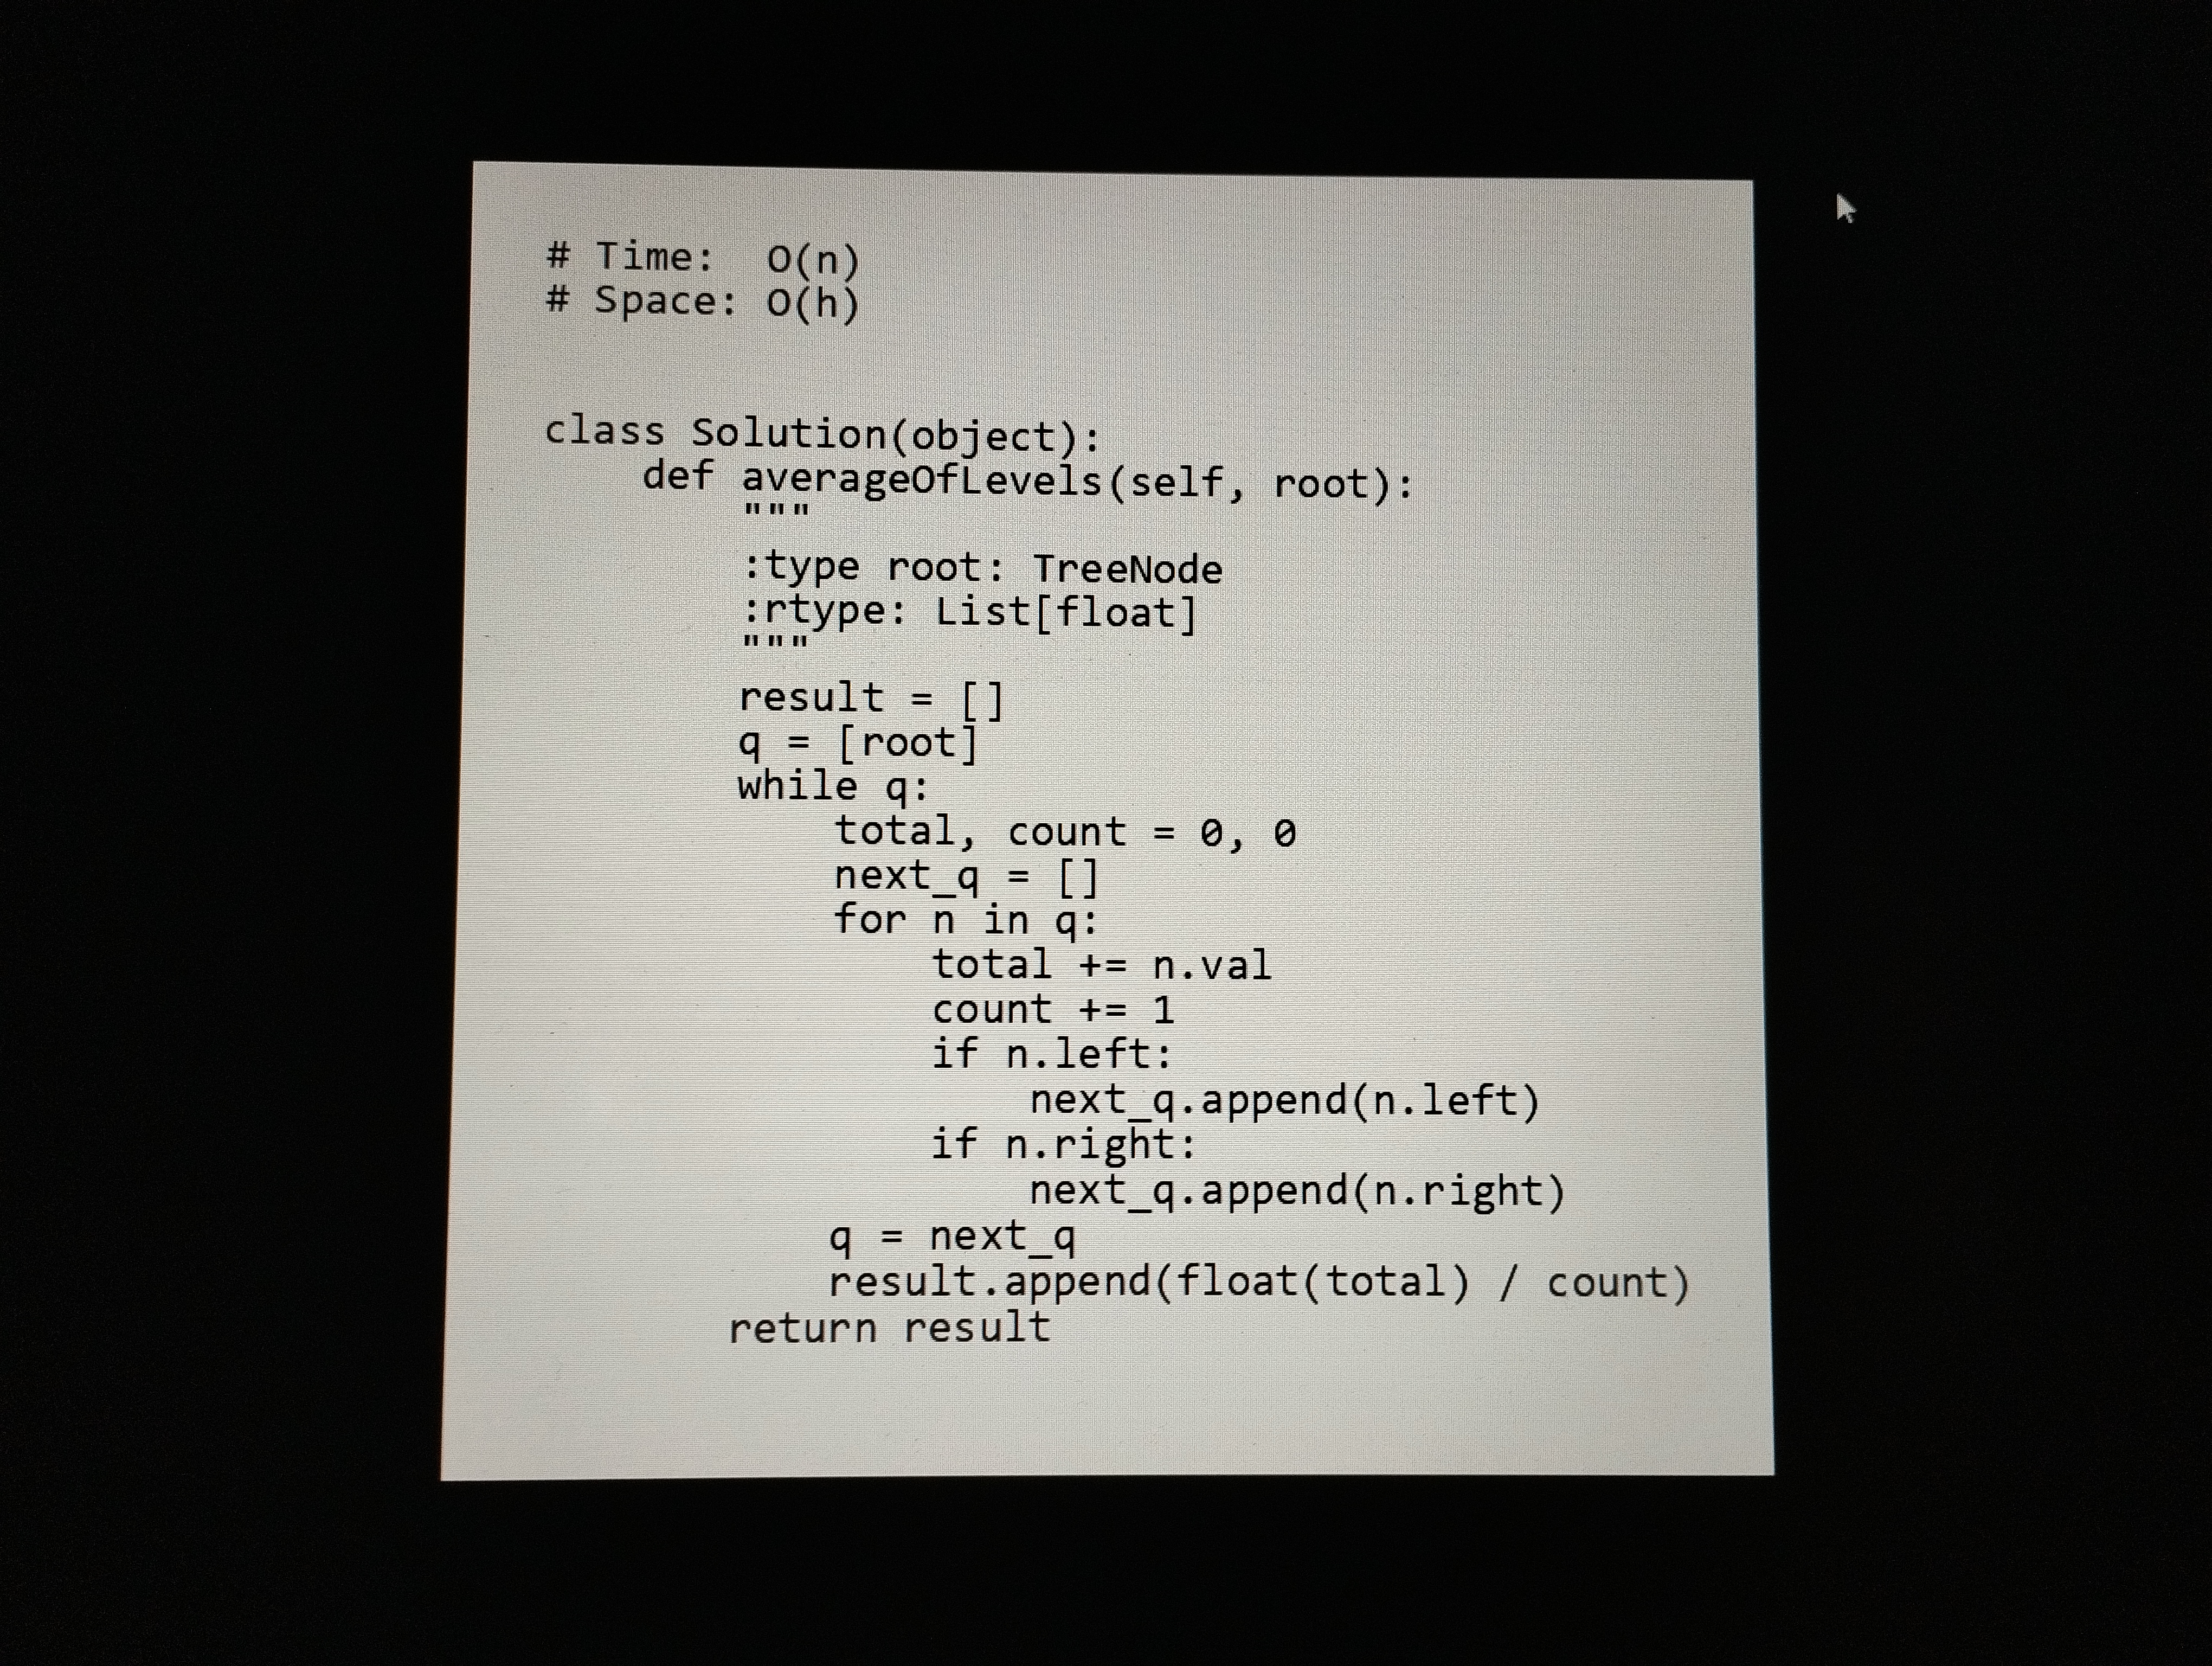
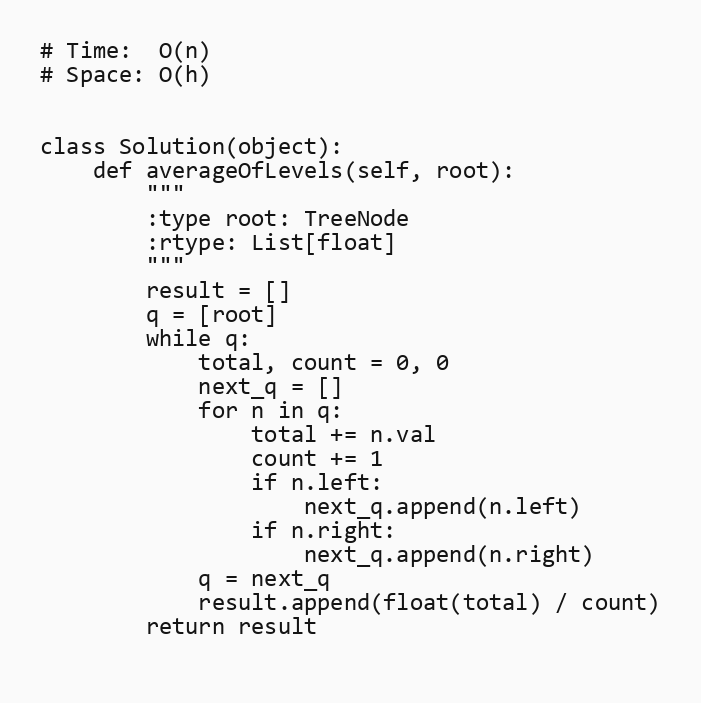
# Time:  O(n)
# Space: O(h)

class Solution(object):
    def averageOfLevels(self, root):
        """
        :type root: TreeNode
        :rtype: List[float]
        """
        result = []
        q = [root]
        while q:
            total, count = 0, 0
            next_q = []
            for n in q:
                total += n.val
                count += 1
                if n.left:
                    next_q.append(n.left)
                if n.right:
                    next_q.append(n.right)
            q = next_q
            result.append(float(total) / count)
        return result